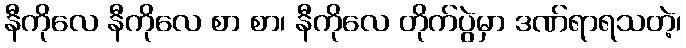
နီကိုလေ နီကိုလေ စာ စာ၊ နီကိုလေ တိုက်ပွဲမှာ ဒဏ်ရာရသတဲ့၊